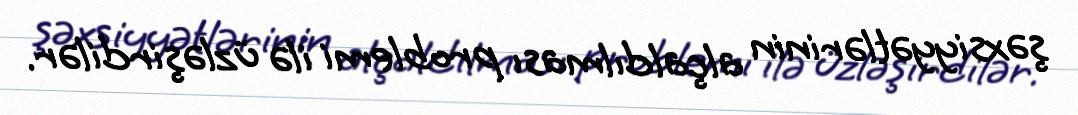
şəxsiyyətlərinin alçaldılması problemi ilə üzləşirdilər.